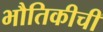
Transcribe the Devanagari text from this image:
भौतिकीची